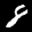
Label: 8